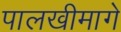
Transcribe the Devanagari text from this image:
पालखीमागे